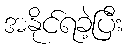
အနိုင်ရခဲ့ပြီး